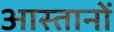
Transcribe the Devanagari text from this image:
आस्तानों